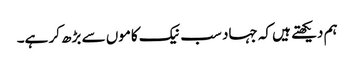
ہم دیکھتے ہیں کہ جہاد سب نیک کاموں سے بڑھ کر ہے۔